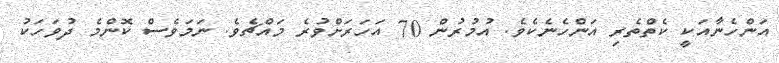
އަންހެނާއަކީ ކެތްތެރި އަންހެނެކެވެ. އުމުރުން 70 އަހަރަށްވުރެ މައްޗެވެ. ނަމަވެސް ކޮންމެ ދުވަހަކު